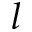
l